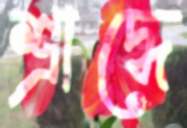
শ্রাদ্ধে